NAE_ERA_R-30_Eesti_Riiklik_Spordiamet, lk 174
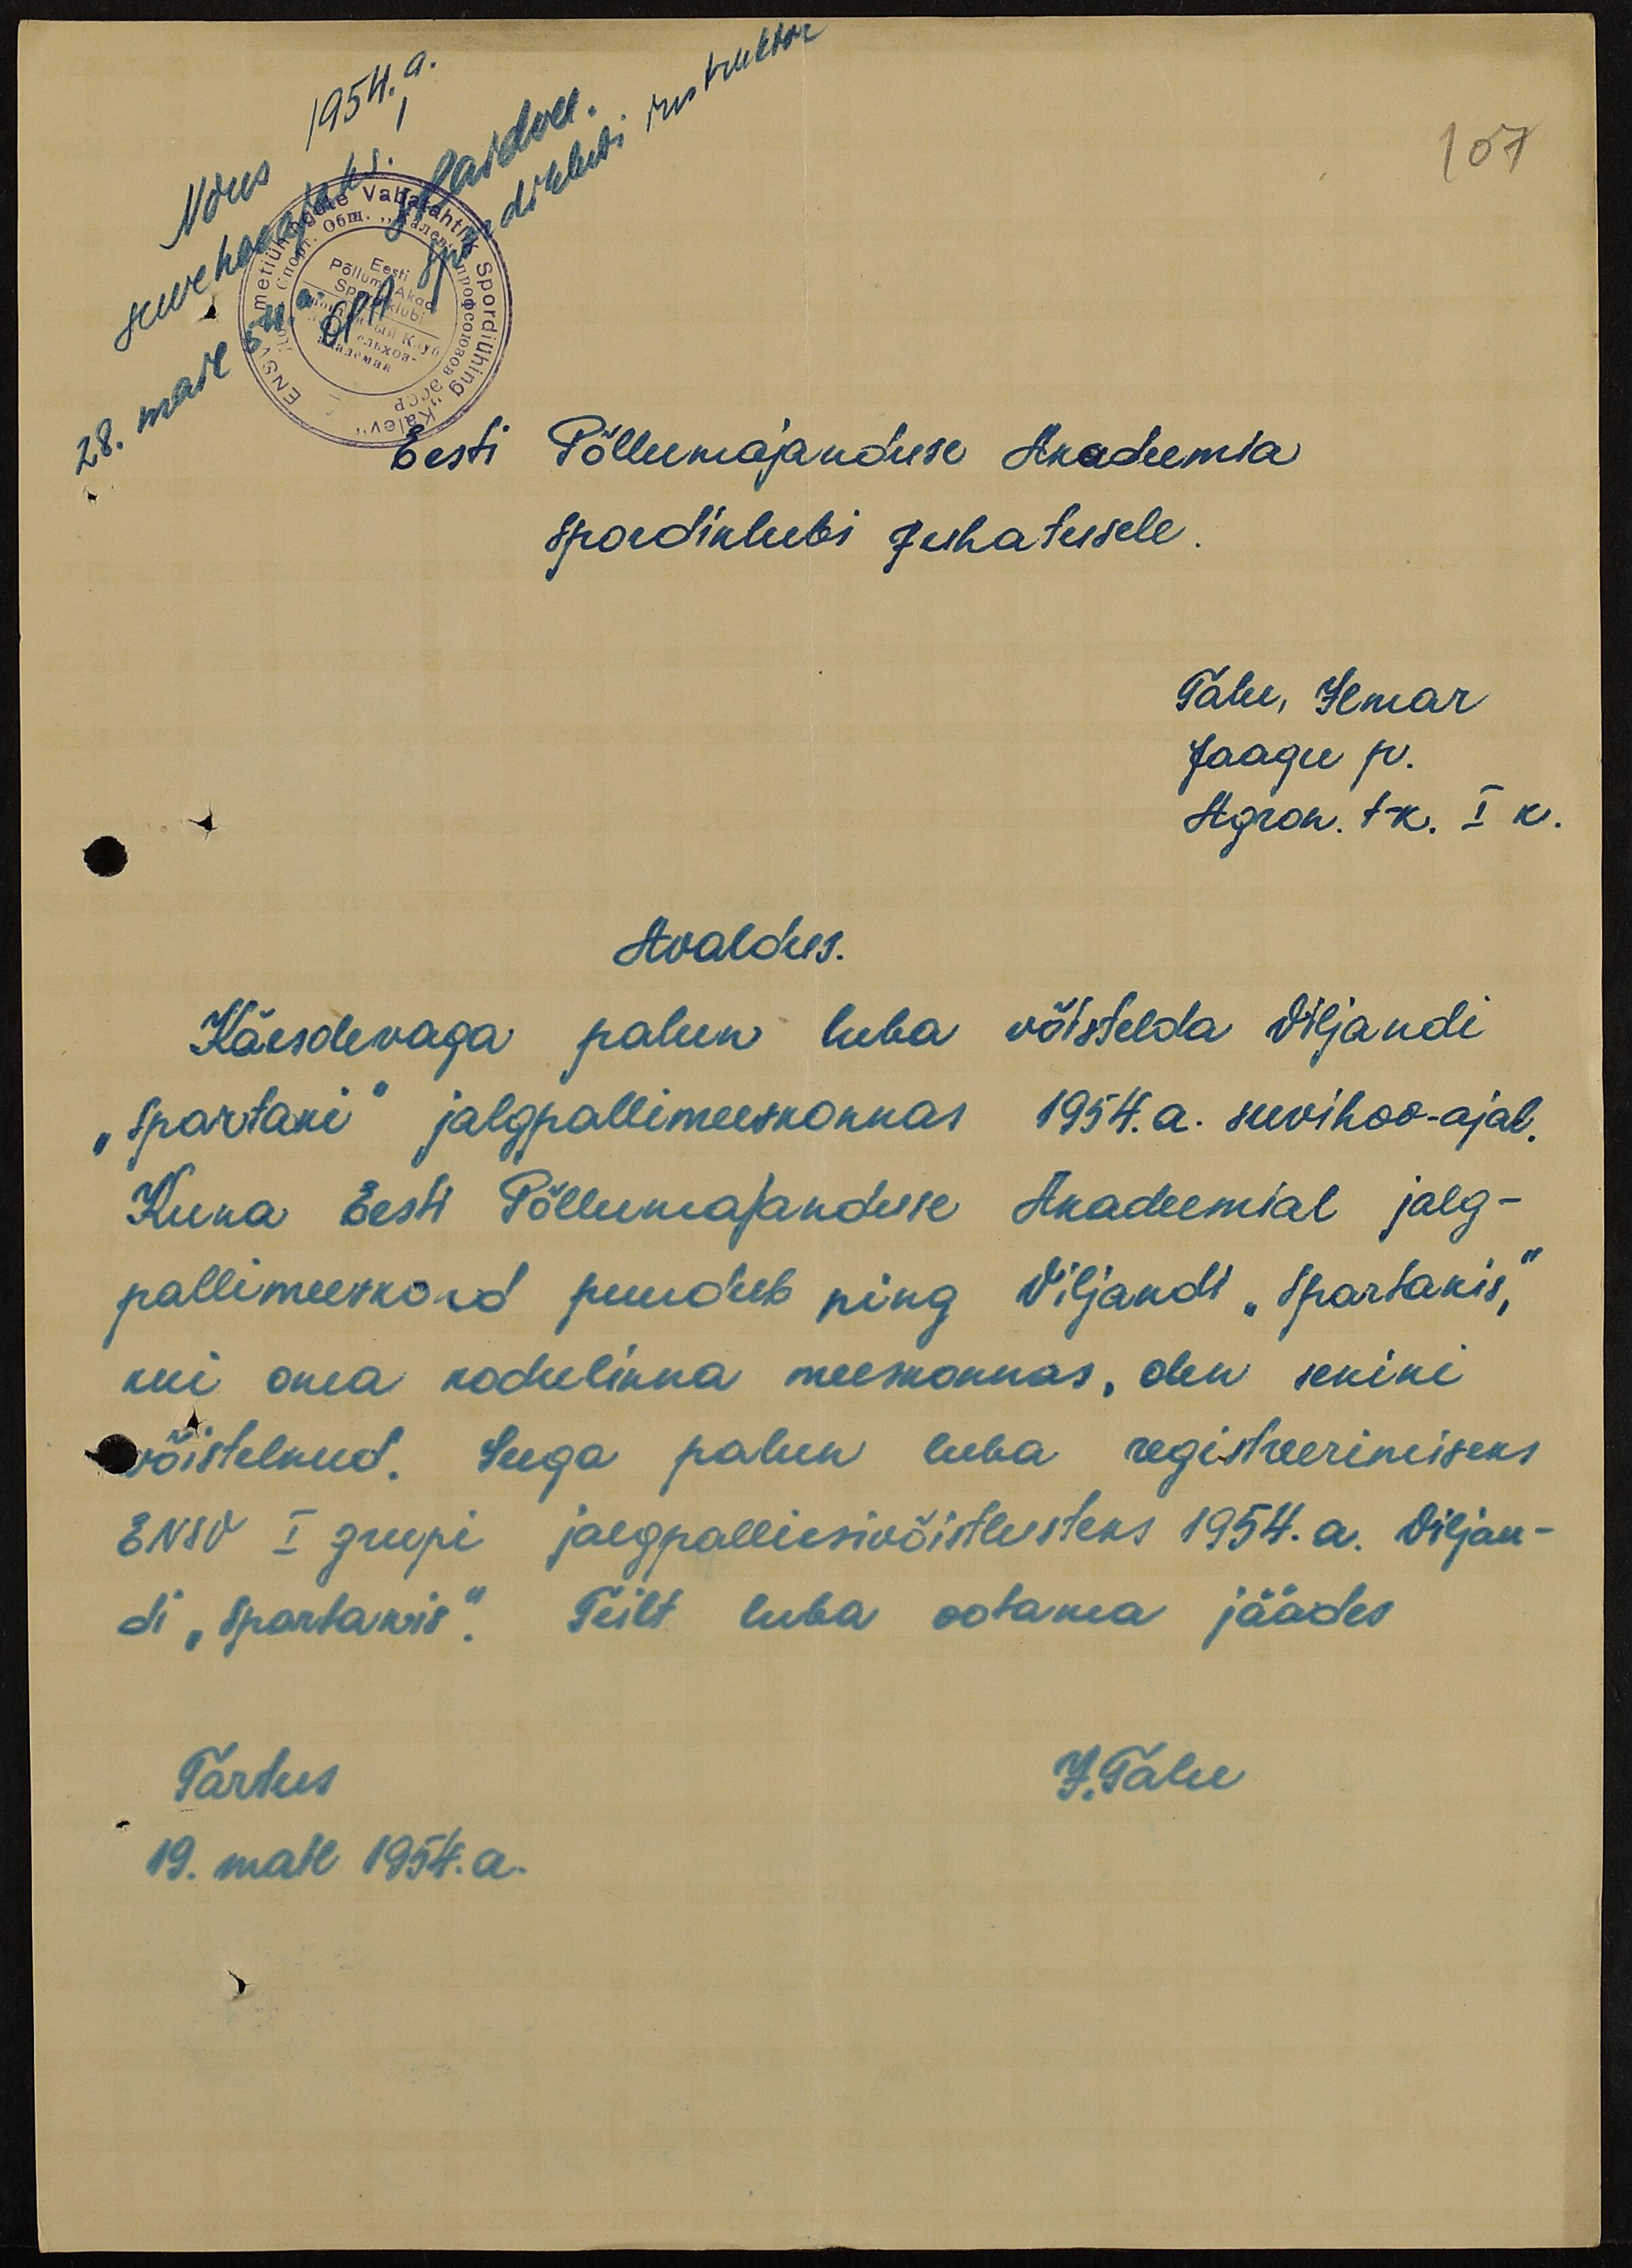
Nõus 1954.a.
suvehooajaks!
28. mail 54.a.
EPA Spordiklubi instruktor
107
Eesti Põllumajanduse Akadeemia
Spordiklubi Juhatusele.
Talu, Ilmar
Jaagu p.
Agron. t-k. I k.
Avaldus.
Käesolevaga palun luba võistelda Viljandi
"Spartaki" jalgpallimeeskonnas 1954.a. suvihoo-ajal.
Kuna Eesti Põllumajanduse Akadeemial jalg-
pallimeeskond puudub ning Viljandi "Spartakis,"
kui oma kodulinna meeskonnas, olen senini
võistelnud. Seega palun luba registreerimiseks
ENSV I grupi jalgpallivõistlusteks 1954.a. Viljan-
di "Spartakis". Teilt luba ootama jäädes
Tartus
J. Talu
19. mail 1954.a.